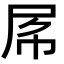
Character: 𡱃